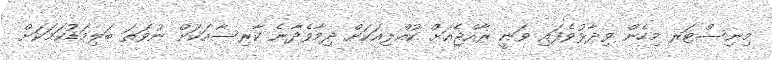
މިނިސްޓަރ މިހެން ވިދާޅުވެފައި ވަނީ ރާއްޖެއަށް ކުއްލިއަކަށް ދިމާވެދާނެ ކާރިސާއަކަށް ނުވަތަ ބަލިމަޑުކަމަކަށް